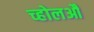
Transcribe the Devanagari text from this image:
च्होलऔ